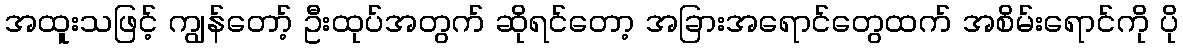
အထူးသဖြင့် ကျွန်တော့် ဦးထုပ်အတွက် ဆိုရင်တော့ အခြားအရောင်တွေထက် အစိမ်းရောင်ကို ပို